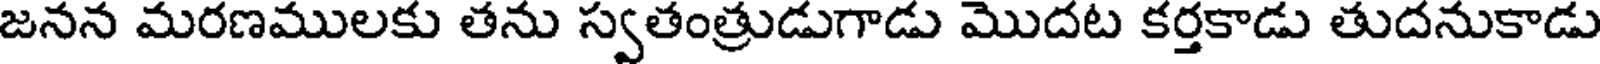
జనన మరణములకు తను స్వతంత్రుడుగాడు మొదట కర్తకాడు తుదనుకాడు